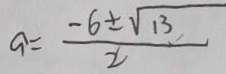
a = \frac { - 6 \pm \sqrt { 1 3 } } { 2 }